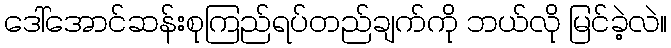
ဒေါ်အောင်ဆန်းစုကြည်ရပ်တည်ချက်ကို ဘယ်လို မြင်ခဲ့လဲ။